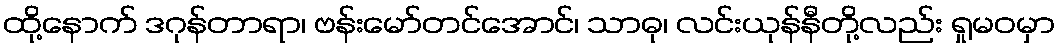
ထို့နောက် ဒဂုန်တာရာ၊ ဗန်းမော်တင်အောင်၊ သာဓု၊ လင်းယုန်နီတို့လည်း ရှုမဝမှာ